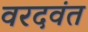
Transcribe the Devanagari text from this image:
वरदवंत